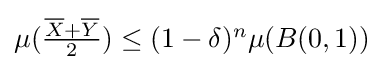
{\textstyle \mu ({\frac {{\overline {X}}+{\overline {Y}}}{2}})\leq (1-\delta )^{n}\mu (B(0,1))}